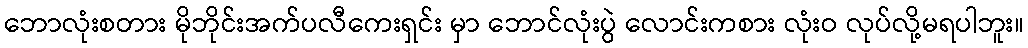
ဘောလုံးစတား မိုဘိုင်းအက်ပလီကေးရှင်း မှာ ဘောင်လုံးပွဲ လောင်းကစား လုံးဝ လုပ်လို့မရပါဘူး။